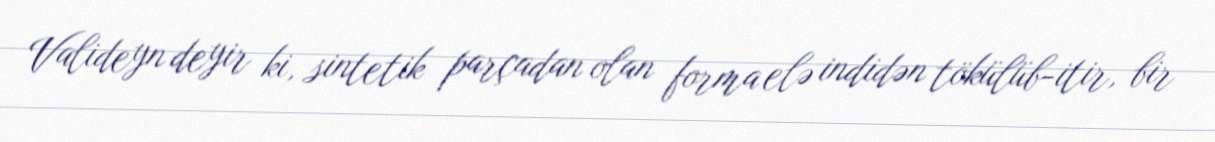
Valideyn deyir ki, sintetik parçadan olan forma elə indidən tökülüb-itir, bir